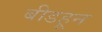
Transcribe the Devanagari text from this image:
बीडहून